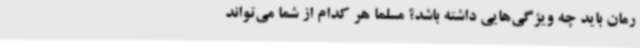
رمان باید چه ویژگی‌هایی داشته باشد؟ مسلما هر کدام از شما می‌تواند